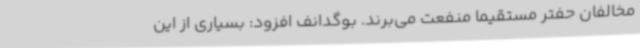
مخالفان حفتر مستقیما منفعت می‌برند. بوگدانف افزود: بسیاری از این